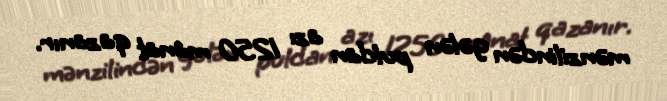
mənzilindən gələn puldan azı 1250 manat qazanır.